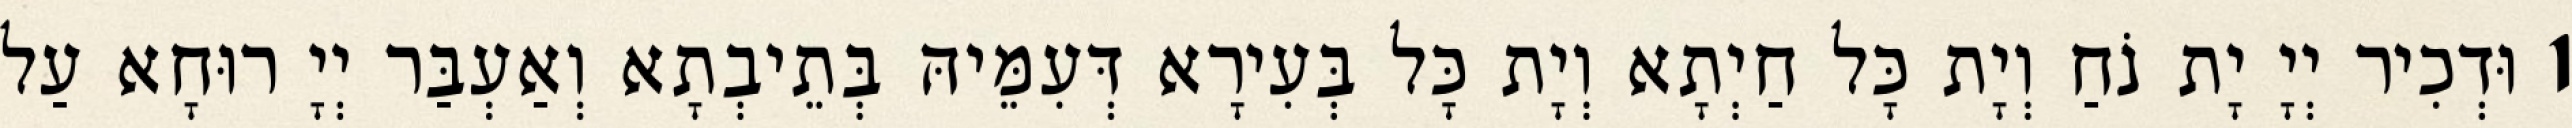
1 וּדְכִיר יְיָ יָת נֹחַ וְיָת כָּל חַיְתָא וְיָת כָּל בְּעִירָא דְּעִמֵּיהּ בְּתֵיבְתָא וְאַעְבַּר יְיָ רוּחָא עַל